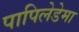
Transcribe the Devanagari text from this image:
पापिलेडेमा